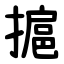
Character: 㨭